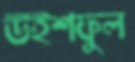
উইশফুল